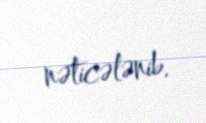
nəticələnib.